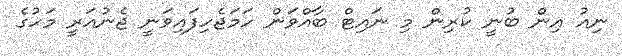
ނިއު އިން ބުނީ ކުރިން މި ނައިޓް ބާއްވަން ހަމަޖެހިފައިވަނީ ޖެނުއަރީ މަހުގެ